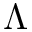
\Lambda